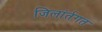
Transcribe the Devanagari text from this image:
जिलांर्तगत